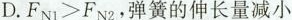
D.$$F _ { N 1 } > F _ { N 2 }$$，弹簧的伸长量减小